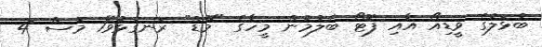
ބުޅަލުގެ ވީޑިއޯ އާއި ފޮޓޯ ބެލުމުން މީހާގެ "މޫޑް" ރަނގަޅުވޭ1 މަސް 4